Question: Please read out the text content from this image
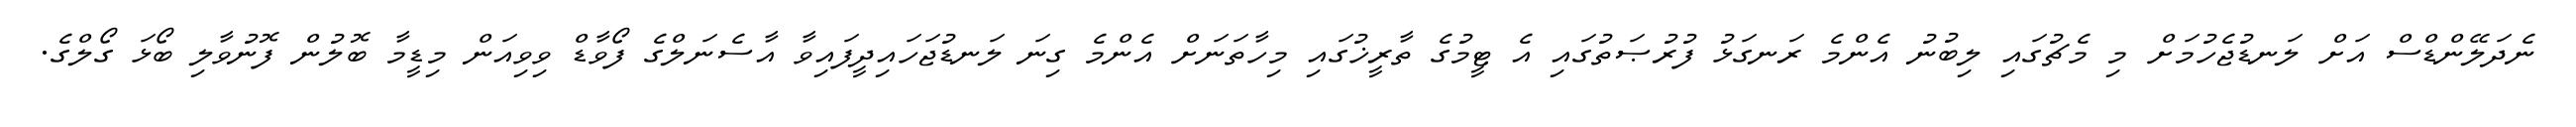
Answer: ނެދަލޭންޑްސް އަށް ލަނޑުޖެހުމަށް މި މެޗުގައި ލިބުނު އެންމެ ރަނގަޅު ފުރުޞަތުގައި އެ ޓީމުގެ ތާރީޚުގައި މިހާތަނަށް އެންމެ ގިނަ ލަނޑުޖަހައިދީފައިވާ އާސެނަލްގެ ފޯވާޑް ވިވިއަން މިޑީމާ ބޮލުން ފޮނުވާލި ބޯޅަ ގޯލްގެ.